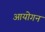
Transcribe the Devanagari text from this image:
आयोगन